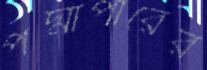
পদ্মাপারের